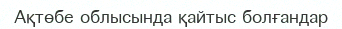
Ақтөбе облысында қайтыс болғандар